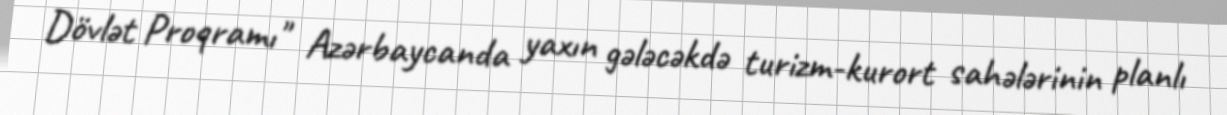
Dövlət Proqramı" Azərbaycanda yaxın gələcəkdə turizm-kurort sahələrinin planlı